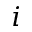
i